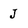
Character: J